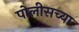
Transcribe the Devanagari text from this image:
पोलीसच्या